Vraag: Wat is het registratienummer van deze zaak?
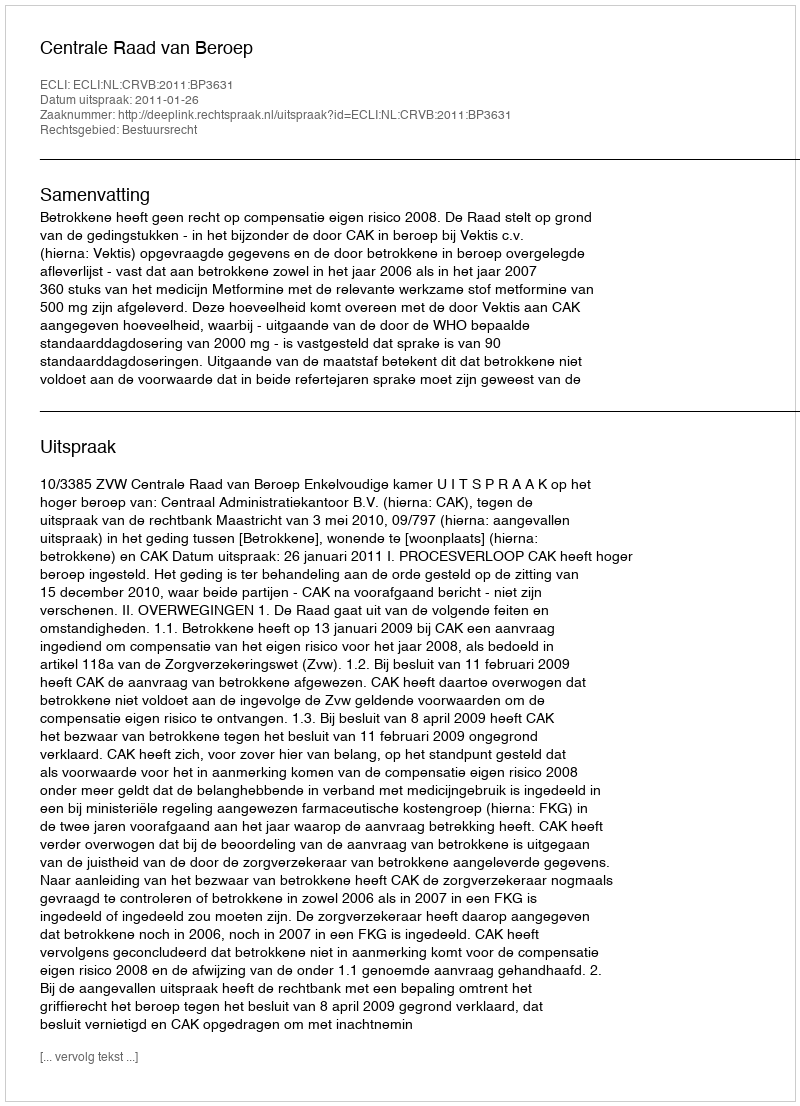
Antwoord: http://deeplink.rechtspraak.nl/uitspraak?id=ECLI:NL:CRVB:2011:BP3631